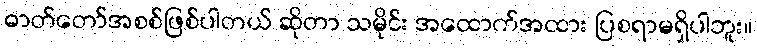
ဓာတ်တော်အစစ်ဖြစ်ပါတယ် ဆိုတာ သမိုင်း အထောက်အထား ပြစရာမရှိပါဘူး။